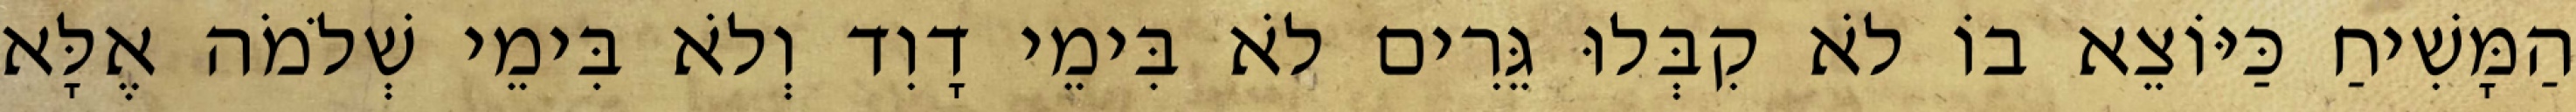
הַמָּשִׁיחַ כַּיּוֹצֵא בוֹ לֹא קִבְּלוּ גֵּרִים לֹא בִּימֵי דָוִד וְלֹא בִּימֵי שְׁלֹמֹה אֶלָּא